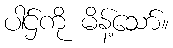
ပါဌ်ကို မိန့်သော်။